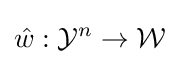
{\hat {w}}:{\mathcal {Y}}^{n}\to {\mathcal {W}}